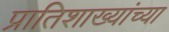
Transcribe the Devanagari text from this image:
प्रातिशाख्यांच्या